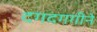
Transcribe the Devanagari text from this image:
दगदगगीने